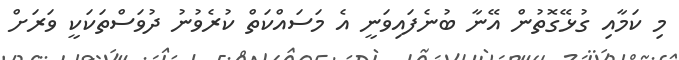
މި ކަމާއި ގުޅޭގޮތުން އޭނާ ބުނެފައިވަނީ އެ މަސައްކަތް ކުރެވުނު ދުވަސްތަކަކީ ވަރަށް